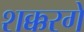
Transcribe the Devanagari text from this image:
शक्करगे